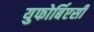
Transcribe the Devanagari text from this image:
युफोर्बिएसी